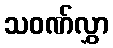
သဝဏ်လွှာ